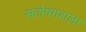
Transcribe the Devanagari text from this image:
संतोषगडाला